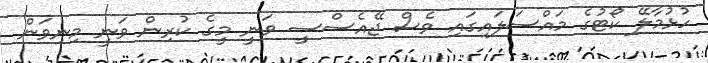
ހުޅުމާލޭ ކޯޓުގެ މައްސަލައިގައި ވެސް ޖޭއެސްސީ ވަނީ މީގެ ކުރިން ވަނީ މިނިވަން